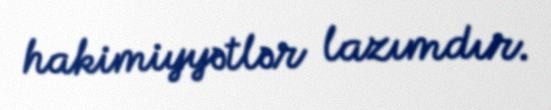
hakimiyyətlər lazımdır.